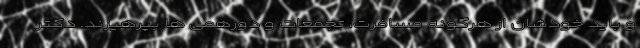
و باید خودشان از هرگونه مسافرت، تجمعات و دورهمی ها بپرهیزند. دکتر